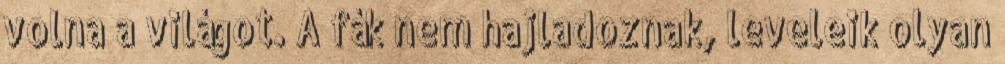
volna a világot. A fák nem hajladoznak, leveleik olyan